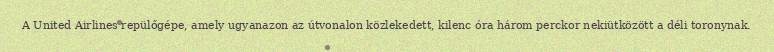
A United Airlines repülőgépe, amely ugyanazon az útvonalon közlekedett, kilenc óra három perckor nekiütközött a déli toronynak.